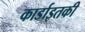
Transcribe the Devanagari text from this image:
कार्डाइतकी